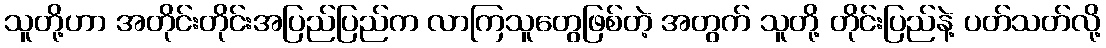
သူတို့ဟာ အတိုင်းတိုင်းအပြည်ပြည်က လာကြသူတွေဖြစ်တဲ့ အတွက် သူတို့ တိုင်းပြည်နဲ့ ပတ်သတ်လို့